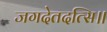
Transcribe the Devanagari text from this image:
जगदेतदत्सि॥